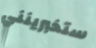
ستخبرينني